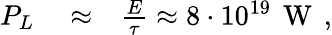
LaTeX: \begin{array}{rlr}{P_{L}}&{{}\approx}&{\frac{E}{\tau}\approx 8\cdot 10^{19}\, \mathrm{~W~}\, ,}\end{array}